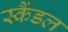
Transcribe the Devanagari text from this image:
स्‍कैंडल